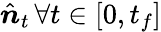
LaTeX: \hat{{\boldsymbol n}}_{t}\, \forall t\in[0,t_{f}]